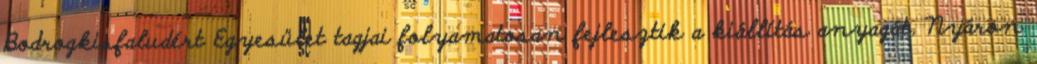
Bodrogkisfaludért Egyesület tagjai folyamatosan fejlesztik a kiállítás anyagát. Nyáron